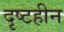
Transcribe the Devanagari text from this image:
दृष्टहीन